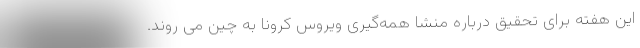
این هفته برای تحقیق درباره منشا همه‌گیری ویروس کرونا به چین می روند.